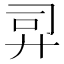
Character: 𫸙